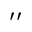
\prime \prime